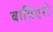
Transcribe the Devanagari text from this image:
बार्बिएरो